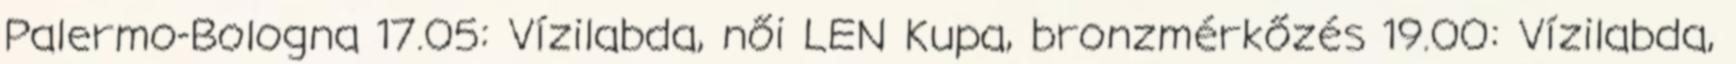
Palermo-Bologna 17.05: Vízilabda, női LEN Kupa, bronzmérkőzés 19.00: Vízilabda,